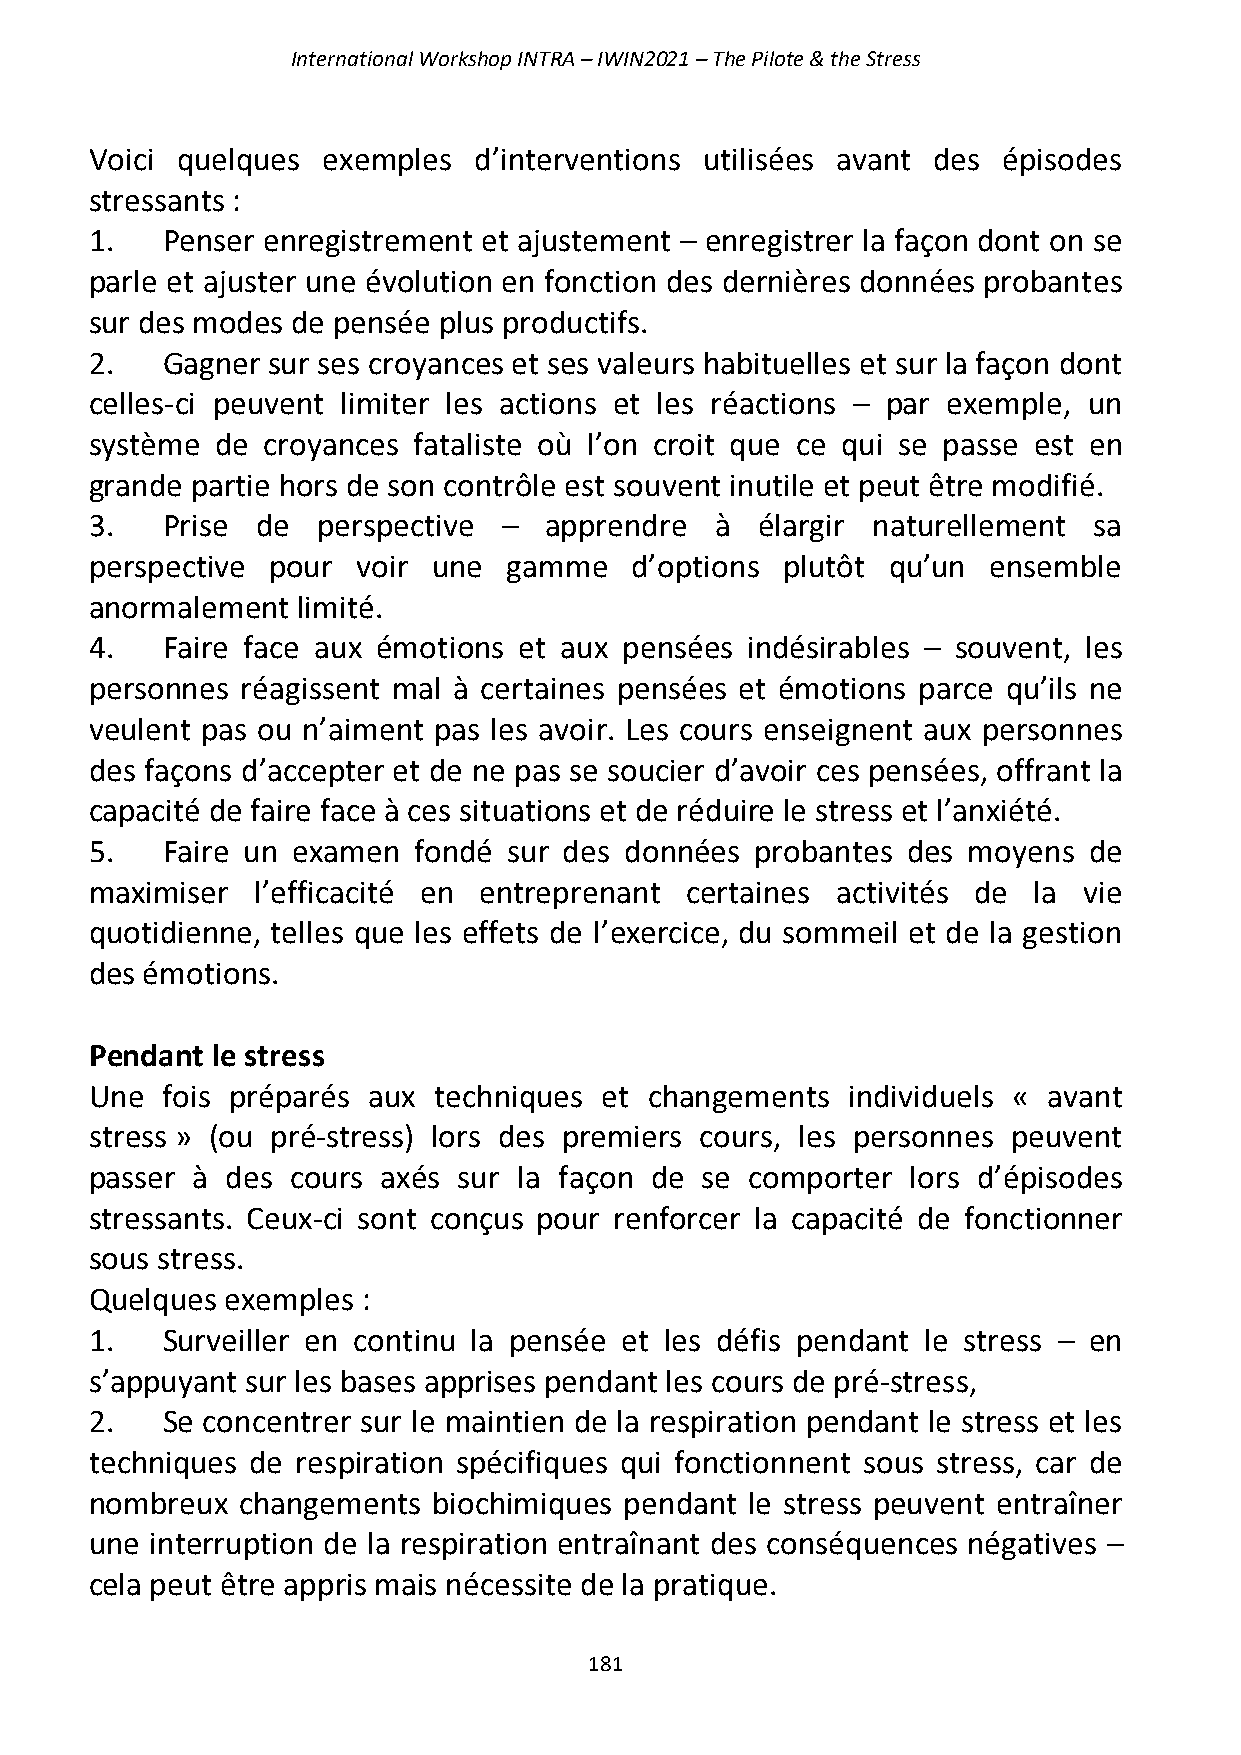
International Workshop INTRA – IWIN2021 – The Pilote & the Stress
 Voici quelques exemples  d’interventions utilisées avant des épisodes
 stressants :
 1.   Penser enregistrement et ajustement – enregistrer la façon dont on se
 parle et ajuster une évolution en fonction des dernières données probantes
 sur des modes de pensée plus productifs.
 2.   Gagner sur ses croyances et ses valeurs habituelles et sur la façon dont
 celles-ci peuvent limiter les actions et les réactions – par exemple, un
 système de croyances fataliste où l’on croit que ce qui se passe est en
 grande partie hors de son contrôle est souvent inutile et peut être modifié.
 3.   Prise de  perspective –  apprendre  à  élargir naturellement sa
 perspective pour  voir une  gamme   d’options plutôt qu’un  ensemble
 anormalement  limité.
 4.   Faire face aux émotions et aux pensées indésirables – souvent, les
 personnes réagissent mal à certaines pensées et émotions parce qu’ils ne
 veulent pas ou n’aiment pas les avoir. Les cours enseignent aux personnes
 des façons d’accepter et de ne pas se soucier d’avoir ces pensées, offrant la
 capacité de faire face à ces situations et de réduire le stress et l’anxiété.
 5.   Faire un examen fondé  sur des données probantes des moyens  de
 maximiser  l’efficacité en entreprenant certaines activités de la vie
 quotidienne, telles que les effets de l’exercice, du sommeil et de la gestion
 des émotions.
 Pendant le stress
 Une  fois préparés aux techniques et changements  individuels « avant
 stress » (ou pré-stress) lors des premiers cours, les personnes peuvent
 passer à des cours axés sur la façon de se  comporter lors d’épisodes
 stressants. Ceux-ci sont conçus pour renforcer la capacité de fonctionner
 sous stress.
 Quelques exemples :
 1.   Surveiller en continu la pensée et les défis pendant le stress – en
 s’appuyant sur les bases apprises pendant les cours de pré-stress,
 2.   Se concentrer sur le maintien de la respiration pendant le stress et les
 techniques de respiration spécifiques qui fonctionnent sous stress, car de
 nombreux  changements  biochimiques pendant le stress peuvent entraîner
 une interruption de la respiration entraînant des conséquences négatives –
 cela peut être appris mais nécessite de la pratique.
 181